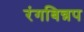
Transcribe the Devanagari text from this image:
रंगबिन्नप